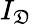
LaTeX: I_{\mathfrak{D}}